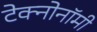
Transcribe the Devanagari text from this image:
टेक्नोनॉमी